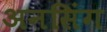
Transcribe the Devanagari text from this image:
अनसिंग